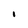
Character: i